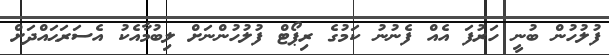
ފުލުހުން ބުނީ ހަރުފަ އެއް ފެނުނު ކަމުގެ ރިޕޯޓް ފުލުހުންނަށް ލިބުމާއެކު އެސަރަޙައްދަށް